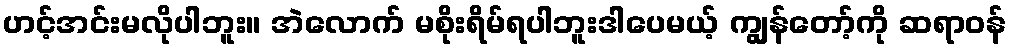
ဟင့်အင်းမလိုပါဘူး။ အဲလောက် မစိုးရိမ်ရပါဘူးဒါပေမယ့် ကျွန်တော့်ကို ဆရာဝန်